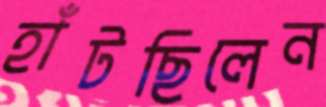
হাঁটছিলেন